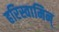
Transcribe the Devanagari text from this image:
हरिस्वामिन्